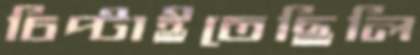
চিপ্‌টাইতেছিলি